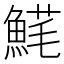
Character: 𩸚